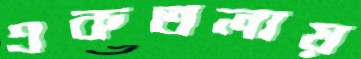
একতলায়